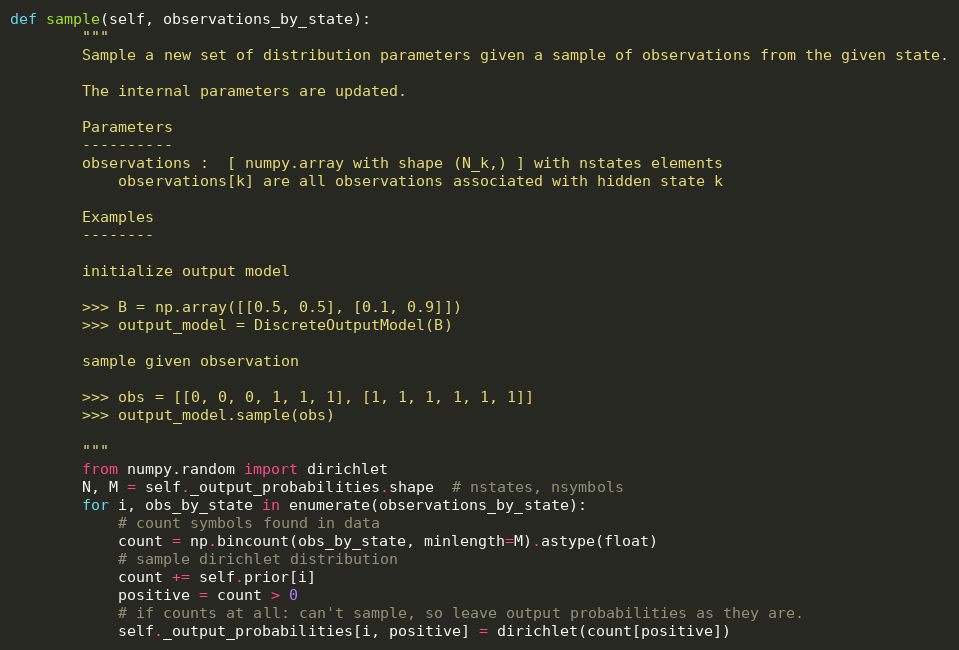
Language: Python
def sample(self, observations_by_state):
        """
        Sample a new set of distribution parameters given a sample of observations from the given state.

        The internal parameters are updated.

        Parameters
        ----------
        observations :  [ numpy.array with shape (N_k,) ] with nstates elements
            observations[k] are all observations associated with hidden state k

        Examples
        --------

        initialize output model

        >>> B = np.array([[0.5, 0.5], [0.1, 0.9]])
        >>> output_model = DiscreteOutputModel(B)

        sample given observation

        >>> obs = [[0, 0, 0, 1, 1, 1], [1, 1, 1, 1, 1, 1]]
        >>> output_model.sample(obs)

        """
        from numpy.random import dirichlet
        N, M = self._output_probabilities.shape  # nstates, nsymbols
        for i, obs_by_state in enumerate(observations_by_state):
            # count symbols found in data
            count = np.bincount(obs_by_state, minlength=M).astype(float)
            # sample dirichlet distribution
            count += self.prior[i]
            positive = count > 0
            # if counts at all: can't sample, so leave output probabilities as they are.
            self._output_probabilities[i, positive] = dirichlet(count[positive])